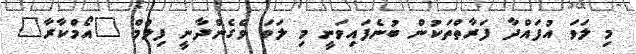
މި ލަވަ އުފައްދާ ފަރާތްތަކުން ބުނެފައިވަނީ މި ލަވަ ވެގެންދާނީ ފިލްމް "އޯމްކާރާ"